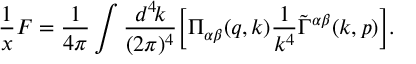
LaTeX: \frac { 1 } { x } F = \frac { 1 } { 4 \pi } \int \frac { d ^ { 4 } \! k } { ( 2 \pi ) ^ { 4 } } \biggl [ \Pi _ { \alpha \beta } ( q , k ) \frac { 1 } { k ^ { 4 } } \tilde { \Gamma } ^ { \alpha \beta } ( k , p ) \biggr ] .